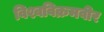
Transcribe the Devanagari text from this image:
विश्वविक्रमवीर